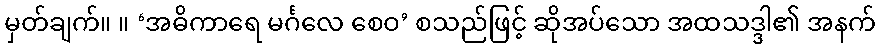
မှတ်ချက်။ ။ ‘အဓိကာရေ မင်္ဂလေ စေဝ’ စသည်ဖြင့် ဆိုအပ်သော အထသဒ္ဒါ၏ အနက်